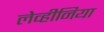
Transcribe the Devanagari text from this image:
लेव्हीनिया